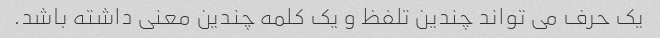
یک حرف می تواند چندین تلفظ و یک کلمه چندین معنی داشته باشد.